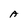
Character: A